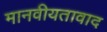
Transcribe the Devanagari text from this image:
मानवीयतावाद